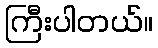
ကြီးပါတယ်။